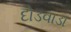
દોડવાડા